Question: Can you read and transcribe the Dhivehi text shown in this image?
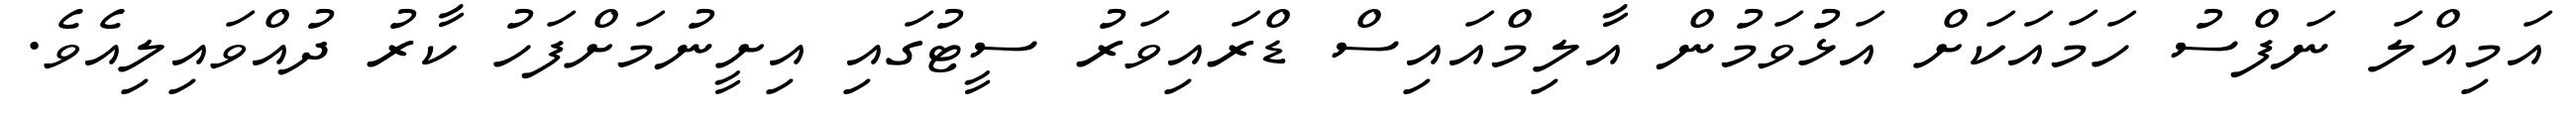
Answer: އަމިއްލަ ނަފްސު ހަމައަކަށް އަޅުވަމުން އާލިމްއައިސް ޑްރައިވަރު ސީޓުގައި އިށީނުމަށްފަހު ކާރު ދުއްވައިލިއެވެ.